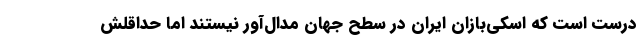
درست است که اسکی‌بازان ایران در سطح جهان مدال‌آور نیستند اما حداقلش